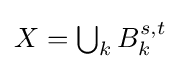
\textstyle X=\bigcup _{k}B_{k}^{s,t}